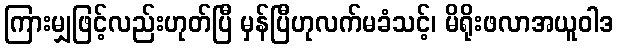
ကြားမျှဖြင့်လည်းဟုတ်ပြီ မှန်ပြီဟုလက်မခံသင့်၊ မိရိုးဖလာအယူဝါဒ